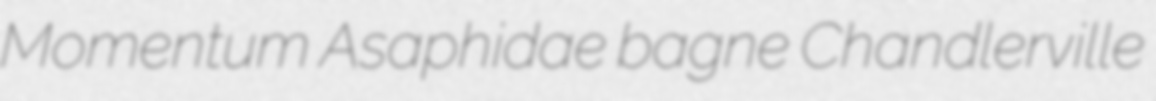
Momentum Asaphidae bagne Chandlerville